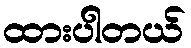
ထားပါတယ်